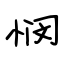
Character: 悯